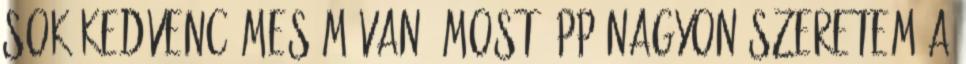
Sok kedvenc mesém van. Most épp nagyon szeretem a